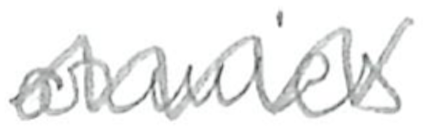
Text: armies
Cross-out: zig-zag
Writing tool: pencil